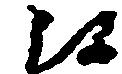
候